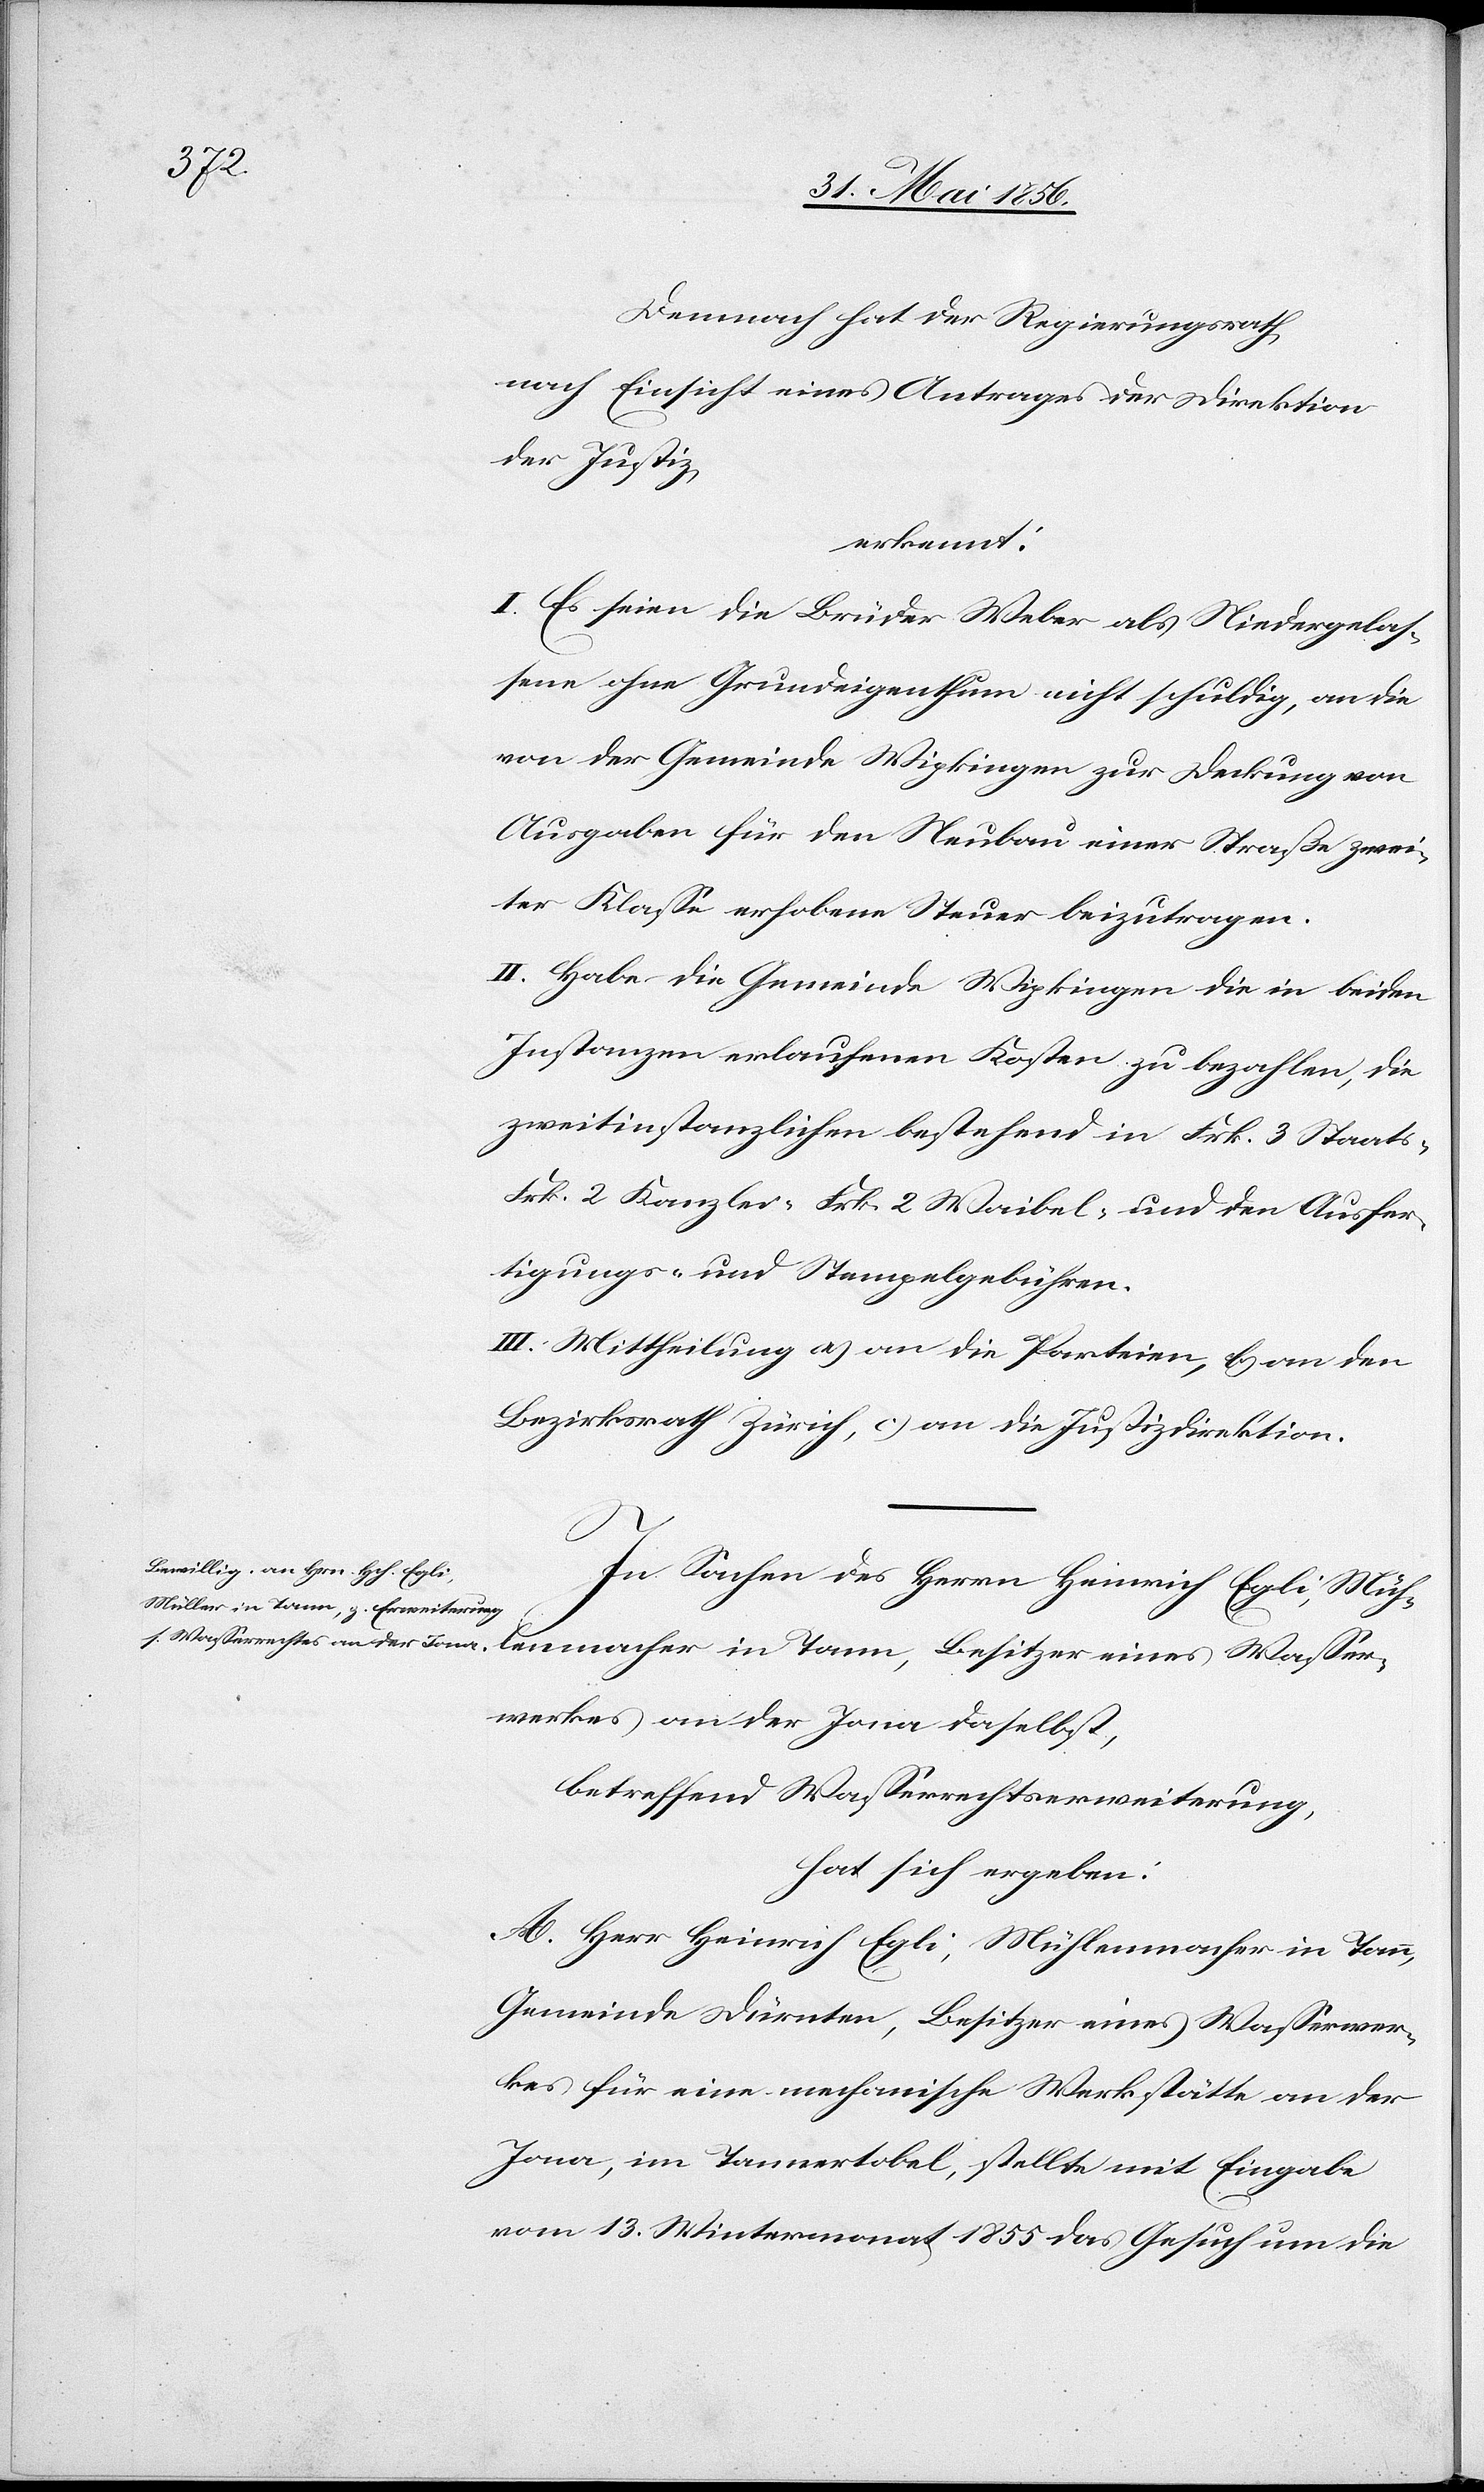
Demnach hat der Regierungsrath,
nach Einsicht eines Antrages der Direktion
der Justiz,
erkennt:
I. Es seien die Brüder Weber als Niedergelas¬
sene ohne Grundeigenthum nicht schuldig, an die
von der Gemeinde Wipkingen zur Deckung von
Ausgaben für den Neubau einer Straße zwei¬
ter Klasse erhobene Steuer beizutragen.
II. Habe die Gemeinde Wipkingen die in beiden
Instanzen erlaufenen Kosten zu bezahlen, die
zweitinstanzlichen bestehend in Frk. 3 Staats-[,]
Frk. 2 Kanzlei-[,] Frk. 2 Waibel- und den Ausfer¬
tigungs- und Stempelgebühren.
III. Mittheilung a) an die Parteien, b) an den
Bezirksrath Zürich, c) an die Justizdirektion.
In Sachen des Herrn Heinrich Egli, Müh¬
lenmacher in Tann, Besitzer eines Wasser¬
werkes an der Jona daselbst,
betreffend Wasserrechtserweiterung,
hat sich ergeben:
A. Herr Heinrich Egli, Mühlenmacher in Tann,
Gemeinde Dürnten, Besitzer eines Wasserwer¬
kes für eine mechanische Werkstätte an der
Jona, im Tannertobel, stellte mit Eingabe
vom 13. Wintermonat 1855 das Gesuch um die